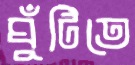
ঘুঁটিতে